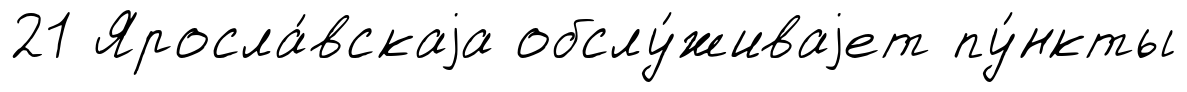
21 Яросла́вскаjа обслу́живаjет пу́нкты